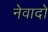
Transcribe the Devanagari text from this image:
नेवादो